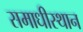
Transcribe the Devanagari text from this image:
समाधीस्थान